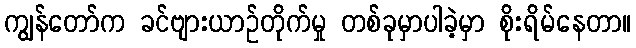
ကျွန်တော်က ခင်ဗျားယာဉ်တိုက်မှု တစ်ခုမှာပါခဲ့မှာ စိုးရိမ်နေတာ။